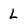
Character: L